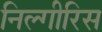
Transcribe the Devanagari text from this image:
निल्गीरिस